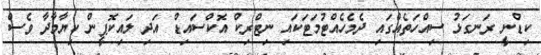
ކިޑްނީ ރަނގަޅު ސިއްހަތެއްގައި ދެމެހެއްޓުމަޓަކައި ނިޓްރިކް އޮކްސައިޑް އަދި ލައިކޮޕީން ކިޔާމާދާ ވެސް